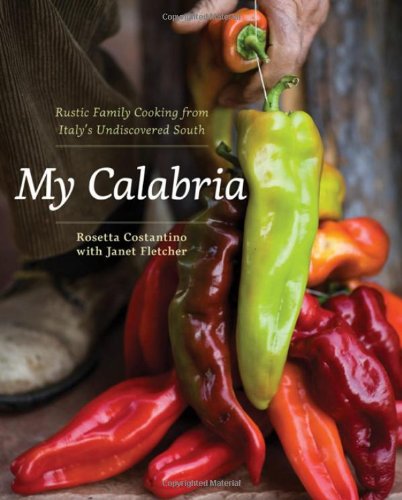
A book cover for My Calabria: Rustic Family Cooking from Italy's Undiscovered South; Rosetta Costantino; Cookbooks, Food & Wine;